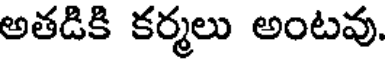
అతడికి కర్మలు అంటవు.